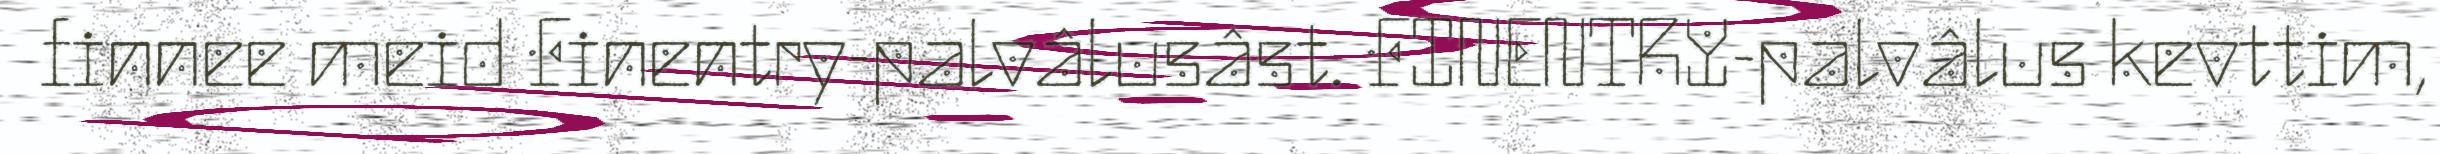
finnee meid Finentry-palvâlusâst. FINENTRY-palvâlus kevttim,